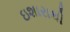
ઇશારાથી